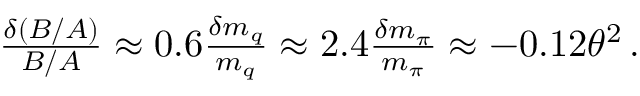
\begin{array} { r } { \frac { \delta ( B / A ) } { B / A } \approx 0 . 6 \frac { \delta m _ { q } } { m _ { q } } \approx 2 . 4 \frac { \delta m _ { \pi } } { m _ { \pi } } \approx - 0 . 1 2 \theta ^ { 2 } \, . } \end{array}